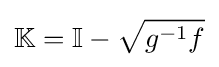
\mathbb {K} =\mathbb {I} -{\sqrt {g^{-1}f}}